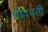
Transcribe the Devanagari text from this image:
सोदवती